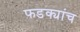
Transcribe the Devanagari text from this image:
फडक्यांच